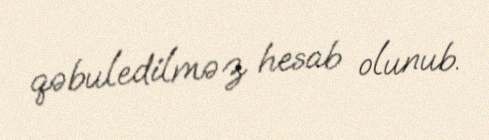
qəbuledilməz hesab olunub.